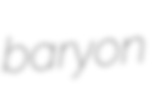
baryon